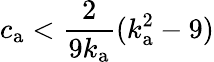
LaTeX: c_{\mathrm{a}}<\frac{2}{9k_{\mathrm{a}}}(k_{\mathrm{a}}^{2}-9)